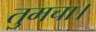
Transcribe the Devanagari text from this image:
तुमचा।